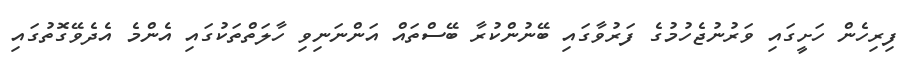
ފިރިހެން ހަށީގައި ވަރުނުޖެހުމުގެ ފަރުވާގައި ބޭނުންކުރާ ބޭސްތައް އަންނަނިވި ހާލަތްތަކުގައި އެންމެ އެދެވޭގޮތުގައި